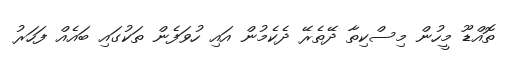
ތޮއްޑޫ މީހުން މިސްކިތާ ދޭތެރޭ ދެކެމުން އައި ހުވަފެން ތަކުގައި ބައެއް ފަހަރު